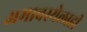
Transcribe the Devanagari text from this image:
अमावस्येलाही